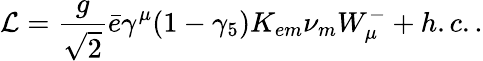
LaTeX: {\cal L}=\frac{g}{\sqrt{2}}\bar{e}\gamma^{\mu}(1-\gamma_{5})K_{em}{\nu}_{m}W_{\mu}^{-}+h.c..